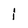
Character: l